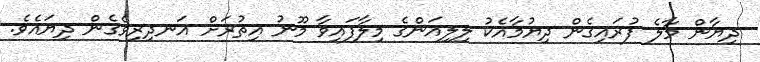
ދިޔާން މާލެ ފުރައިގެން ދިޔުމާއެކު ލިލިއަންގެ މިލާފައިވާ މޫނު އިތުރަށް އަނދިރިވެގެން ދިޔައެވެ.